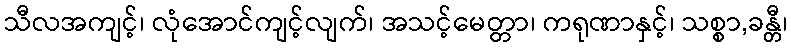
သီလအကျင့်၊ လုံအောင်ကျင့်လျက်၊ အသင့်မေတ္တာ၊ ကရုဏာနှင့်၊ သစ္စာ,ခန္တီ၊